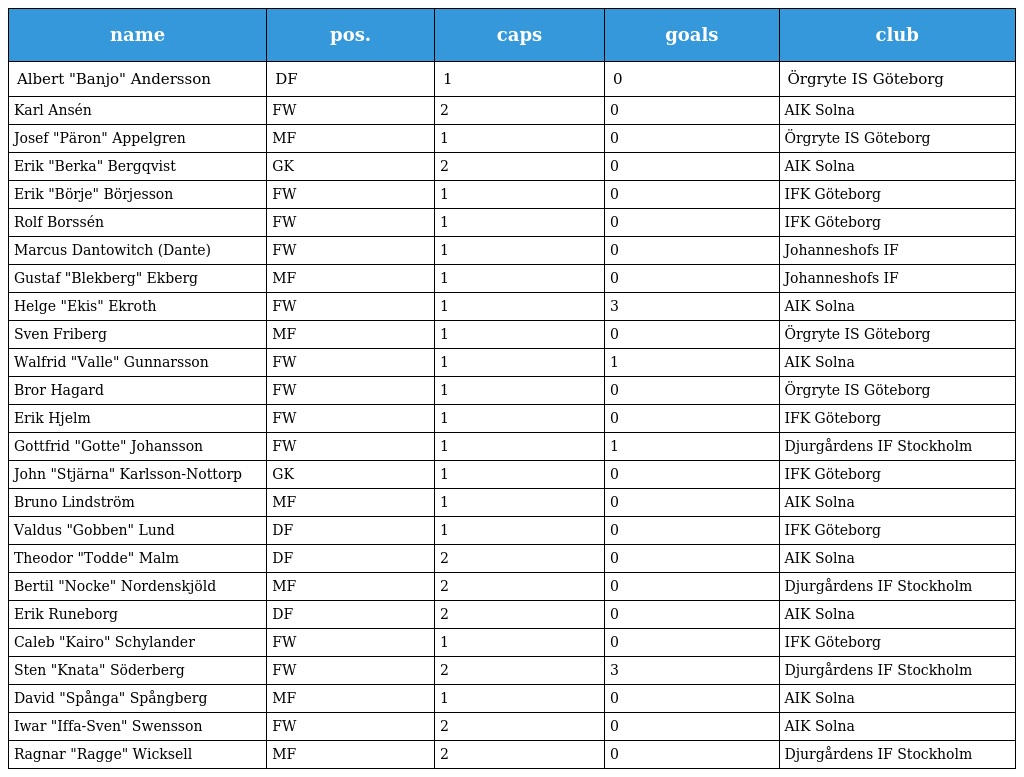
| name | pos. | caps | goals | club |
 | --- | --- | --- | --- | --- |
 | Albert "Banjo" Andersson | DF | 1 | 0 | Örgryte IS Göteborg |
 | Karl Ansén | FW | 2 | 0 | AIK Solna |
 | Josef "Päron" Appelgren | MF | 1 | 0 | Örgryte IS Göteborg |
 | Erik "Berka" Bergqvist | GK | 2 | 0 | AIK Solna |
 | Erik "Börje" Börjesson | FW | 1 | 0 | IFK Göteborg |
 | Rolf Borssén | FW | 1 | 0 | IFK Göteborg |
 | Marcus Dantowitch (Dante) | FW | 1 | 0 | Johanneshofs IF |
 | Gustaf "Blekberg" Ekberg | MF | 1 | 0 | Johanneshofs IF |
 | Helge "Ekis" Ekroth | FW | 1 | 3 | AIK Solna |
 | Sven Friberg | MF | 1 | 0 | Örgryte IS Göteborg |
 | Walfrid "Valle" Gunnarsson | FW | 1 | 1 | AIK Solna |
 | Bror Hagard | FW | 1 | 0 | Örgryte IS Göteborg |
 | Erik Hjelm | FW | 1 | 0 | IFK Göteborg |
 | Gottfrid "Gotte" Johansson | FW | 1 | 1 | Djurgårdens IF Stockholm |
 | John "Stjärna" Karlsson-Nottorp | GK | 1 | 0 | IFK Göteborg |
 | Bruno Lindström | MF | 1 | 0 | AIK Solna |
 | Valdus "Gobben" Lund | DF | 1 | 0 | IFK Göteborg |
 | Theodor "Todde" Malm | DF | 2 | 0 | AIK Solna |
 | Bertil "Nocke" Nordenskjöld | MF | 2 | 0 | Djurgårdens IF Stockholm |
 | Erik Runeborg | DF | 2 | 0 | AIK Solna |
 | Caleb "Kairo" Schylander | FW | 1 | 0 | IFK Göteborg |
 | Sten "Knata" Söderberg | FW | 2 | 3 | Djurgårdens IF Stockholm |
 | David "Spånga" Spångberg | MF | 1 | 0 | AIK Solna |
 | Iwar "Iffa-Sven" Swensson | FW | 2 | 0 | AIK Solna |
 | Ragnar "Ragge" Wicksell | MF | 2 | 0 | Djurgårdens IF Stockholm |